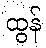
ထွန်